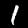
Digit: 1